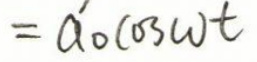
\[= a_0\cos\omega t\]